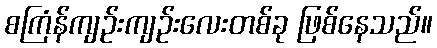
စကြံန်ကျဉ်းကျဉ်းလေးတစ်ခု ဖြစ်နေသည်။